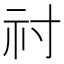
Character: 𥘑